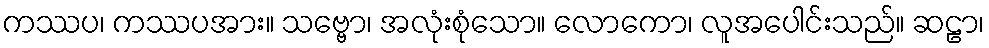
ကဿပ၊ ကဿပအား။ သဗ္ဗော၊ အလုံးစုံသော။ လောကော၊ လူအပေါင်းသည်။ ဆဠာ၊